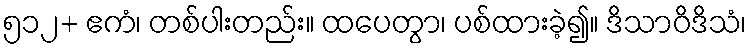
၅၁၂+ ဧကံ၊ တစ်ပါးတည်း။ ထပေတွာ၊ ပစ်ထားခဲ့၍။ ဒိသာဝိဒိသံ၊